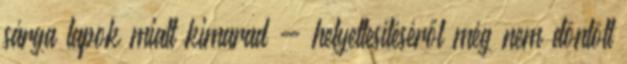
sárga lapok miatt kimarad - helyettesítéséről még nem döntött